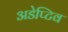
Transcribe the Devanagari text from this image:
अडेप्टिव